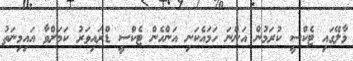
މާލޭގައި ޓެކްސީ ކުރަމުން އަންނަ ހަމައެކަނި އަންހެން ޓެކްސީ ޑްރައިވަރު ކަމަށްވާ އައިމިނަތު